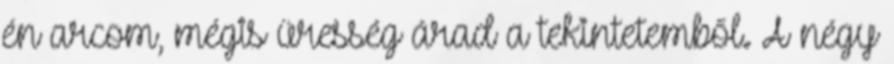
én arcom, mégis üresség árad a tekintetemből. A négy